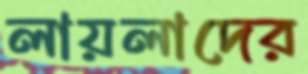
লায়লাদের